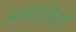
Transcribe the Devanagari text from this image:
अकाहितो